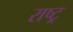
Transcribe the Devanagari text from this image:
राष्ट्र्